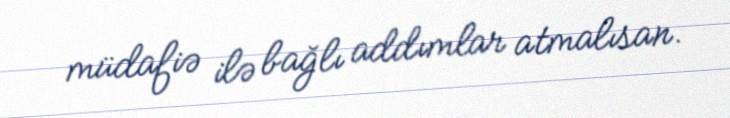
müdafiə ilə bağlı addımlar atmalısan.